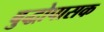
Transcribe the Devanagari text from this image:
बुद्धोपासक